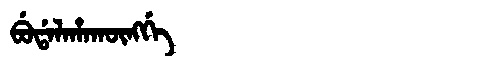
Manchu: ᠪᡠᡩᠠᠯᠠᡥᠠᡴᡡᠩᡤᡝ
Romanization: BUDALAHAKŪNGGE